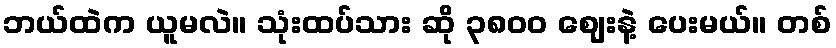
ဘယ်ထဲက ယူမလဲ။ သုံးထပ်သား ဆို ၃၈၀၀ ဈေးနဲ့ ပေးမယ်။ တစ်